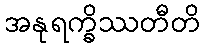
အနုရက္ခိဿတီတိ